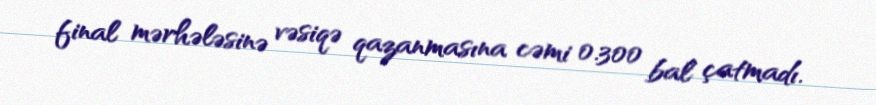
final mərhələsinə vəsiqə qazanmasına cəmi 0.300 bal çatmadı.